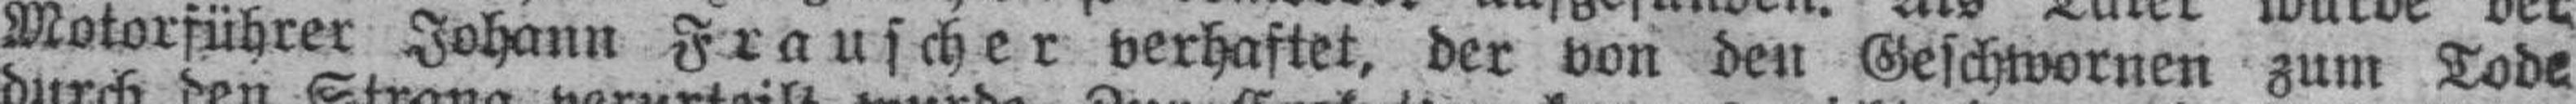
Motorführer Johann Frauscher verhaftet, der von den Geschwornen zum Tode